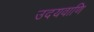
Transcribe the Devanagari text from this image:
उदयवाणि